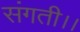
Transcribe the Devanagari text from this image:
संगती।।